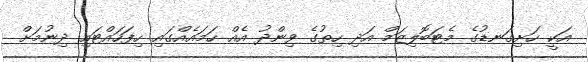
އަކީ ހަށިގަނޑުގެ މެޓަބޮލިޒަމް އަދި ހިތުގެ ވިންދު އެއް ހަމައެއްގައި ހިފަހައްޓައި ދިނުމަށް